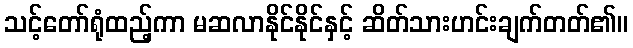
သင့်တော်ရုံထည့်ကာ မဆလာနိုင်နိုင်နှင့် ဆိတ်သားဟင်းချက်တတ်၏။